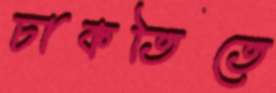
চাকতিতে